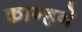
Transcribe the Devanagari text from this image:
कान्हने